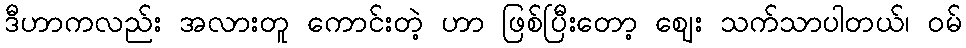
ဒီဟာကလည်း အလားတူ ကောင်းတဲ့ ဟာ ဖြစ်ပြီးတော့ ဈေး သက်သာပါတယ်၊ ဝမ်